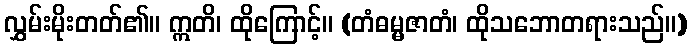
လွှမ်းမိုးတတ်၏။ ဣတိ၊ ထိုကြောင့်။ (တံဓမ္မဇာတံ၊ ထိုသဘောတရားသည်။)